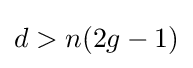
d>n(2g-1)